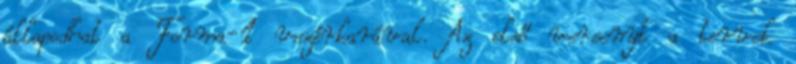
állapodhat a Forma-1 vezérkarával. Az első versenyt a tervek